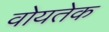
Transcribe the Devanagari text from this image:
वोयतेक